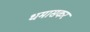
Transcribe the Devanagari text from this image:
धमासकर